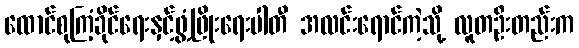
ထောင်စုကြံ့ခိုင်ရေးနှင့်ဖွံ့ဖြိုးရေးပါတီ အလင်းရောင်ကဲ့သို့ လူတဦးတည်းက